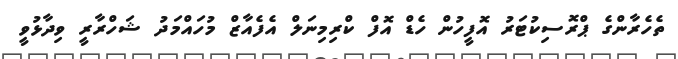
ތެހެރާންގެ ޕްރޮސިކުޓަރު އޮފީހުން ހެޑް އޮފް ކްރިމިނަލް އެފެއާޒް މުހައްމަދު ޝަހްރާރީ ވިދާޅުވީ